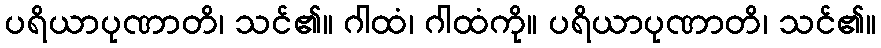
ပရိယာပုဏာတိ၊ သင်၏။ ဂါထံ၊ ဂါထံကို။ ပရိယာပုဏာတိ၊ သင်၏။